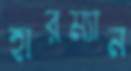
হারম্যান